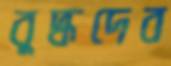
বুদ্ধদেব